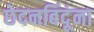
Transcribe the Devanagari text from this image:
छेदनबिंदूंना